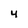
Character: 4